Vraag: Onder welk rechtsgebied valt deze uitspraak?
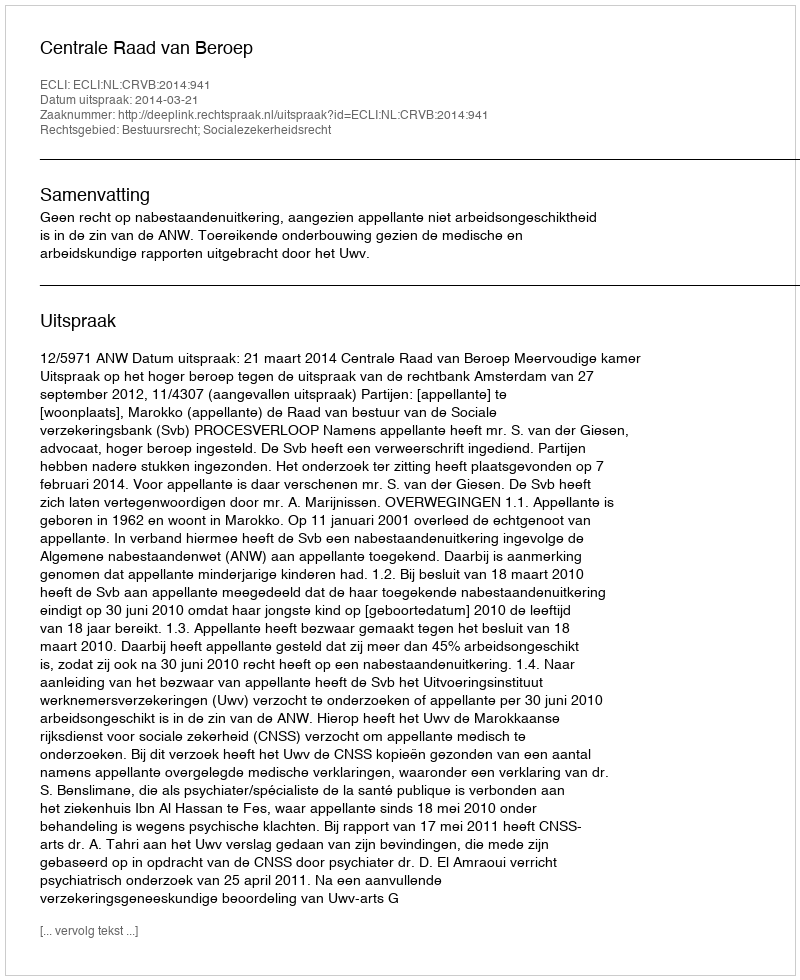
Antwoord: Bestuursrecht; Socialezekerheidsrecht